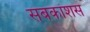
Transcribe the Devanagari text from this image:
सबकांशस